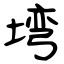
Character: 塆